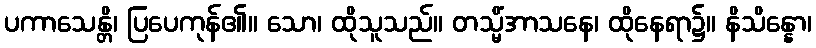
ပကာသေန္တိ၊ ပြပေကုန်၏။ သော၊ ထိုသူသည်။ တသ္မိံအာသနေ၊ ထိုနေရာ၌။ နိသိန္နော၊